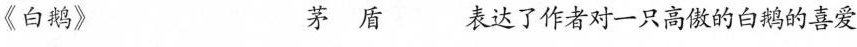
《白鹅》 茅盾 表达了作者对一只高傲的白鹅的喜爱